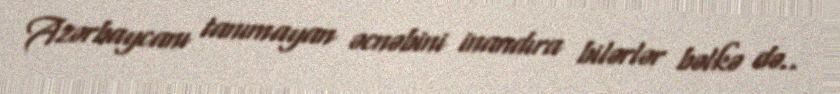
Azərbaycanı tanımayan əcnəbini inandıra bilərlər bəlkə də..